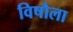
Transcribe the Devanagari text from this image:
विषौला